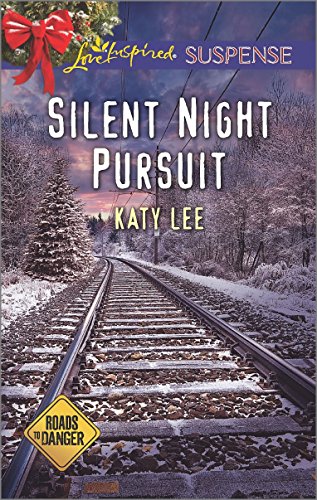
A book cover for Silent Night Pursuit (Roads to Danger); Katy Lee; Romance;